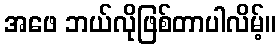
အဖေ ဘယ်လိုဖြစ်တာပါလိမ့်။